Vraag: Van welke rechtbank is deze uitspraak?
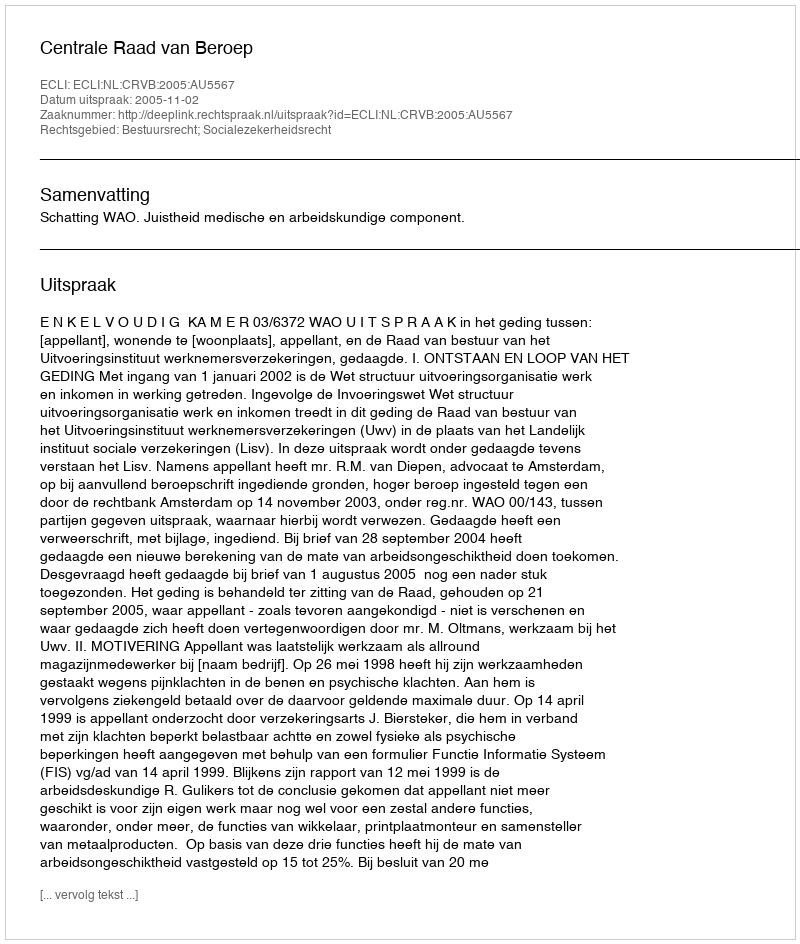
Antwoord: Centrale Raad van Beroep